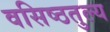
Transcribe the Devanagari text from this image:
वसिष्ठतुल्य